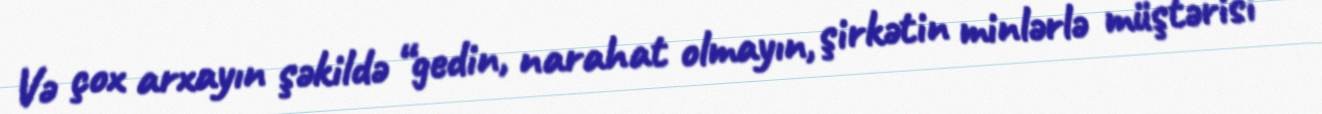
Və çox arxayın şəkildə “gedin, narahat olmayın, şirkətin minlərlə müştərisi